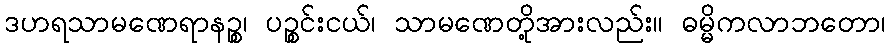
ဒဟရသာမဏေရာနဉ္စ၊ ပဉ္စင်းငယ်၊ သာမဏေတို့အားလည်း။ ဓမ္မိကလာဘတော၊